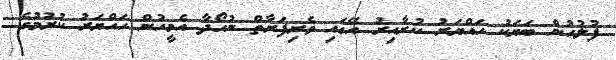
ފުލުހުން ބަޔަކު ހައްޔަރު ކުރާއިރު އޭގައި ވެރިފަރާތް ނުހޯދާ އެމީހުން ހައްޔަރު ކުރުމުގެ